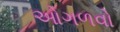
ઓગળવો